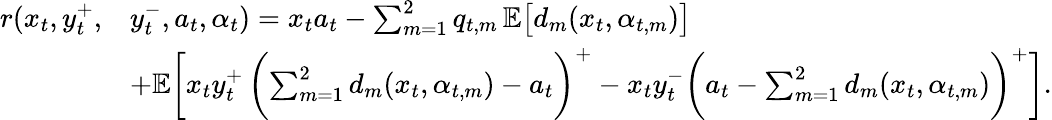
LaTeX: \begin{array}{rl}{r(x_{t},y_{t}^{+},}&{y_{t}^{-},a_{t},\alpha_{t})=x_{t}a_{t}-\sum_{m=1}^{2}q_{t,m}\, \mathbb{E}\bigl[d_{m}(x_{t},\alpha_{t,m})\bigr]}\\ &{+\mathbb{E}\biggl[x_{t}y_{t}^{+}\, \biggl(\sum_{m=1}^{2}d_{m}(x_{t},\alpha_{t,m})-a_{t}\biggr)^{+}-x_{t}y_{t}^{-}\biggl(a_{t}-\sum_{m=1}^{2}d_{m}(x_{t},\alpha_{t,m})\biggr)^{+}\biggr].}\end{array}